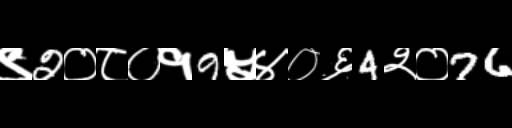
Text: ९2०८०१9५४०६4२०76